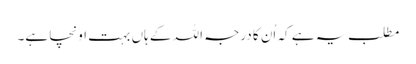
مطلب یہ ہے کہ اُن کا درجہ اللہ کے ہاں بہت اونچا ہے۔